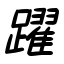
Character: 躍